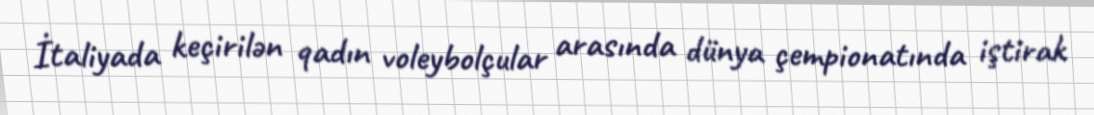
İtaliyada keçirilən qadın voleybolçular arasında dünya çempionatında iştirak